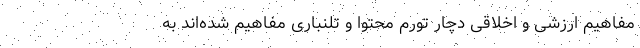
مفاهیم ارزشی و اخلاقی دچار تورم محتوا و تلنباری مفاهیم شده‌اند به